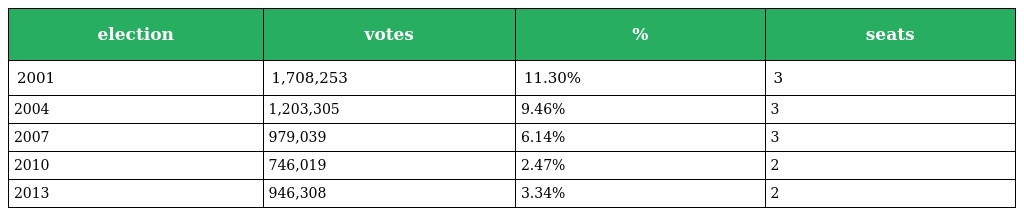
| election | votes | % | seats |
 | --- | --- | --- | --- |
 | 2001 | 1,708,253 | 11.30% | 3 |
 | 2004 | 1,203,305 | 9.46% | 3 |
 | 2007 | 979,039 | 6.14% | 3 |
 | 2010 | 746,019 | 2.47% | 2 |
 | 2013 | 946,308 | 3.34% | 2 |